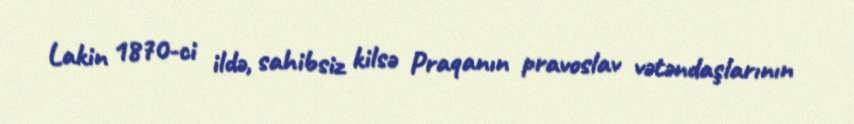
Lakin 1870-ci ildə, sahibsiz kilsə Praqanın pravoslav vətəndaşlarının